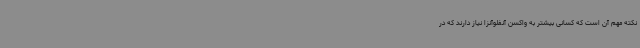
نکته مهم آن است که کسانی بیشتر به واکسن آنفلوآنزا نیاز دارند که در